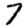
Digit: 7